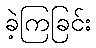
ခဲ့ကြခြင်း